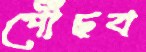
পৌঁছব